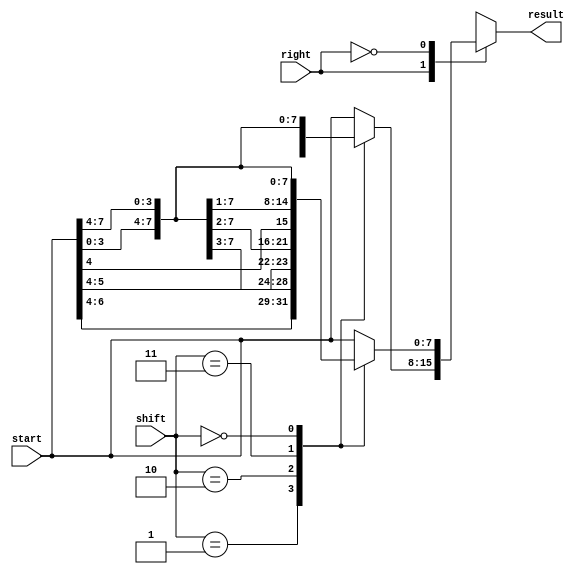
module barrel8(
input wire [7:0] start,
input wire [2:0] shift,
input wire right, //if right is high, rotate right, else rotate left
output reg [7:0] result
    );
	 
always @*

	case(right) //csae statement, concerning the input wire 'right'
		1'b1: //rotate right
		case(shift)
			2'd01: result = {start[0], start[7:1]}; //if decimal value for shift is 1
			2'd02: result = {start[1:0], start[7:2]};//Rotate works by taking 'shift' elements
			2'd03: result = {start[2:0], start[7:3]};//off the end of the end of the 8 bit input,
			2'd04: result = {start[3:0], start[7:4]};//and replaces them at the start, eg [543210] -> [105432]
			2'd05: result = {start[4:0], start[7:5]};
			2'd06: result = {start[5:0], start[7:6]};//do this manually for each possibility
			2'd07: result = {start[6:0], start[7]};
			default: result = start;
		endcase
		1'b0: //rotate left
		case(shift)
			2'd01: result = {start[6:0], start[7]};
			2'd02: result = {start[5:0], start[7:6]};
			2'd03: result = {start[4:0], start[7:5]};
			2'd04: result = {start[3:0], start[7:4]};
			2'd05: result = {start[2:0], start[7:3]};
			2'd06: result = {start[1:0], start[7:2]};
			2'd07: result = {start[0], start[7:1]};
			default: result = start;
		endcase
	endcase

endmodule